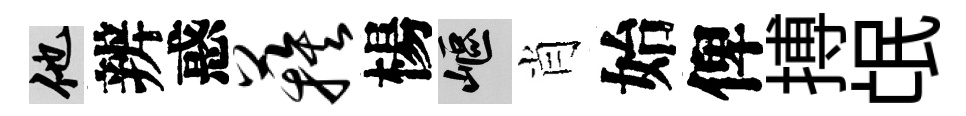
他辨惑蔟楊嶇肖始俾搏氓